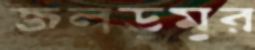
জলডুমুর